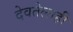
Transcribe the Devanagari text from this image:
देवतेलाही